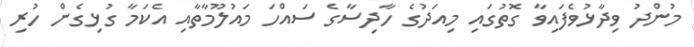
މުންދު ވިދާޅުވެފައިވާ ގޮތުގައި މިއަދުގެ ހާދިސާގެ ސައްހަ މައުލޫމާތާއި އެކަމާ ގުޅިގެން ހުރި